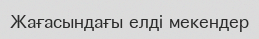
Жағасындағы елді мекендер